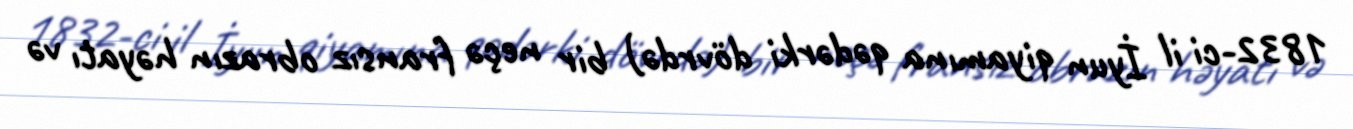
1832-ci il İyun qiyamına qədərki dövrdə) bir neçə fransız obrazın həyatı və